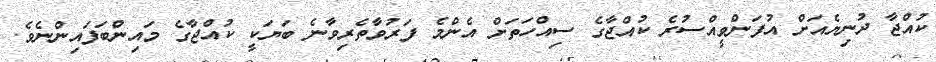
ކުއްޖާ ދުނިޔެއަށް އުފަންވީއްސުރެ ކުއްޖާގެ ސިއްހަތަށް އެންމެ ފަރުވާތެރިވާނެ ބަޔަކީ ކުއްޖާގެ މައިންބަފައިންނެވެ.